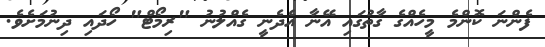
ފެންނަ ކޮންމެ މީހެއްގެ ގާތުގައި އޭނާ އެދެނީ ގެއްލުނު "ރިމޯޓް" ހޯދައި ދިނުމަށެވެ.